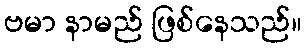
ဗမာ နာမည် ဖြစ်နေသည်။